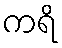
ကရိ